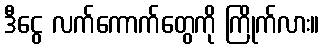
ဒီငွေ လက်ကောက်တွေကို ကြိုက်လား။